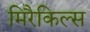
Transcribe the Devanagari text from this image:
मिरैकिल्स